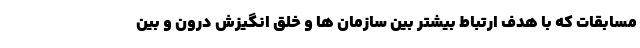
مسابقات که با هدف ارتباط بیشتر بین سازمان ها و خلق انگیزش درون و بین